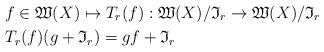
LaTeX: \begin{align*} &f\in \mathfrak{W}(X) \mapsto T_r(f):\mathfrak{W}(X)/\mathfrak{I}_r \to \mathfrak{W}(X)/\mathfrak{I}_r\\ &T_r(f)(g+\mathfrak{I}_r) = gf+\mathfrak{I}_r\end{align*}